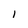
Character: 1